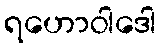
ရဟောဝါဒေါ